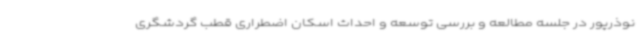
نوذرپور در جلسه مطالعه و بررسی توسعه و احداث اسکان اضطراری قطب گردشگری